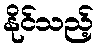
နိုင်သည့်